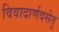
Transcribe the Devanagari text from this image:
विवादार्णवसेतु